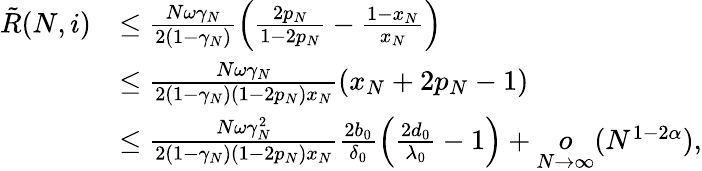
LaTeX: \begin{array}{rl}{\tilde{R}(N,i)}&{\leq\frac{N\omega\gamma_{N}}{2(1-\gamma_{N})}\left(\frac{2p_{N}}{1-2p_{N}}-\frac{1-x_{N}}{x_{N}}\right)}\\ &{\leq\frac{N\omega\gamma_{N}}{2(1-\gamma_{N})(1-2p_{N})x_{N}}\left(x_{N}+2p_{N}-1\right)}\\ &{\leq\frac{N\omega\gamma_{N}^{2}}{2(1-\gamma_{N})(1-2p_{N})x_{N}}\frac{2b_{0}}{\delta_{0}}\left(\frac{2d_{0}}{\lambda_{0}}-1\right)+\underset{N\to\infty}{o}(N^{1-2\alpha}),}\end{array}